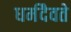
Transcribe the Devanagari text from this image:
धर्मदैवते